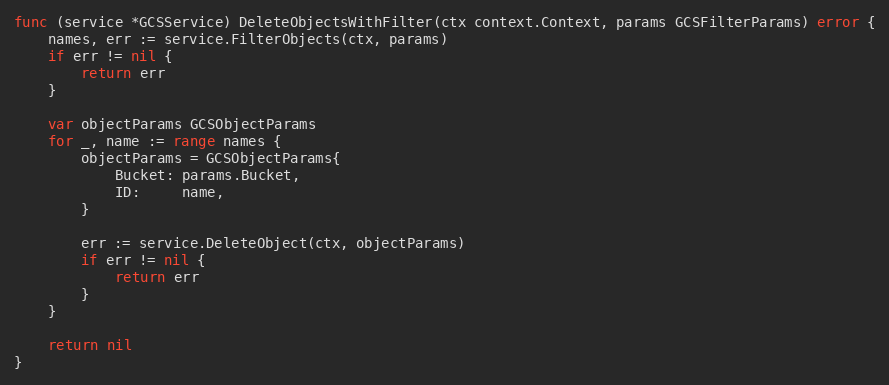
Language: Go
func (service *GCSService) DeleteObjectsWithFilter(ctx context.Context, params GCSFilterParams) error {
	names, err := service.FilterObjects(ctx, params)
	if err != nil {
		return err
	}

	var objectParams GCSObjectParams
	for _, name := range names {
		objectParams = GCSObjectParams{
			Bucket: params.Bucket,
			ID:     name,
		}

		err := service.DeleteObject(ctx, objectParams)
		if err != nil {
			return err
		}
	}

	return nil
}